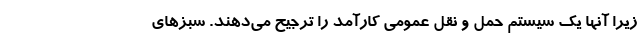
زیرا آنها یک سیستم حمل و نقل عمومی کارآمد را ترجیح می‌دهند. سبزهای